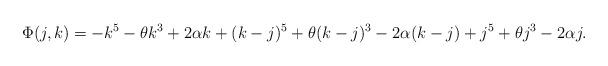
LaTeX: \begin{align*}\Phi(j,k)=-k^{5}-\theta k^{3}+2\alpha k+(k-j)^{5}+\theta(k-j)^{3}-2\alpha(k-j)+j^{5}+\theta j^{3}-2\alpha j.\end{align*}